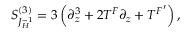
{ \cal S } _ { J _ { H } ^ { - 1 } } ^ { ( 3 ) } = 3 \left( \partial _ { z } ^ { 3 } + 2 T ^ { F } \partial _ { z } + { T ^ { F } } ^ { \prime } \right) ,